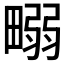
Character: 𤲹